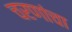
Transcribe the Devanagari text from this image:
चरणांचा